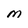
Character: m